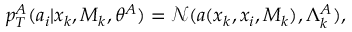
p _ { T } ^ { A } ( a _ { i } | x _ { k } , M _ { k } , \theta ^ { A } ) = \mathcal N ( a ( x _ { k } , x _ { i } , M _ { k } ) , \Lambda _ { k } ^ { A } ) ,